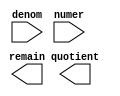
// megafunction wizard: %LPM_DIVIDE%VBB%
// GENERATION: STANDARD
// VERSION: WM1.0
// MODULE: lpm_divide 

// ============================================================
// Megafunction Name(s):
// 			lpm_divide
//
// Simulation Library Files(s):
// 			lpm
// ============================================================
// ************************************************************
// THIS IS A WIZARD-GENERATED FILE. DO NOT EDIT THIS FILE!
//
// 9.0 Build 132 02/25/2009 SJ Web Edition
// ************************************************************

//Copyright (C) 1991-2009 Altera Corporation
//Your use of Altera Corporation's design tools, logic functions 
//and other software and tools, and its AMPP partner logic 
//functions, and any output files from any of the foregoing 
//(including device programming or simulation files), and any 
//associated documentation or information are expressly subject 
//to the terms and conditions of the Altera Program License 
//Subscription Agreement, Altera MegaCore Function License 
//Agreement, or other applicable license agreement, including, 
//without limitation, that your use is for the sole purpose of 
//programming logic devices manufactured by Altera and sold by 
//Altera or its authorized distributors.  Please refer to the 
//applicable agreement for further details.

module div (
	denom,
	numer,
	quotient,
	remain);

	input	[31:0]  denom;
	input	[31:0]  numer;
	output	[31:0]  quotient;
	output	[31:0]  remain;

endmodule

// ============================================================
// CNX file retrieval info
// ============================================================
// Retrieval info: PRIVATE: INTENDED_DEVICE_FAMILY STRING "Stratix II"
// Retrieval info: PRIVATE: PRIVATE_LPM_REMAINDERPOSITIVE STRING "TRUE"
// Retrieval info: PRIVATE: PRIVATE_MAXIMIZE_SPEED NUMERIC "-1"
// Retrieval info: PRIVATE: SYNTH_WRAPPER_GEN_POSTFIX STRING "0"
// Retrieval info: PRIVATE: USING_PIPELINE NUMERIC "0"
// Retrieval info: PRIVATE: VERSION_NUMBER NUMERIC "2"
// Retrieval info: CONSTANT: LPM_DREPRESENTATION STRING "SIGNED"
// Retrieval info: CONSTANT: LPM_HINT STRING "LPM_REMAINDERPOSITIVE=TRUE"
// Retrieval info: CONSTANT: LPM_NREPRESENTATION STRING "SIGNED"
// Retrieval info: CONSTANT: LPM_TYPE STRING "LPM_DIVIDE"
// Retrieval info: CONSTANT: LPM_WIDTHD NUMERIC "32"
// Retrieval info: CONSTANT: LPM_WIDTHN NUMERIC "32"
// Retrieval info: USED_PORT: denom 0 0 32 0 INPUT NODEFVAL denom[31..0]
// Retrieval info: USED_PORT: numer 0 0 32 0 INPUT NODEFVAL numer[31..0]
// Retrieval info: USED_PORT: quotient 0 0 32 0 OUTPUT NODEFVAL quotient[31..0]
// Retrieval info: USED_PORT: remain 0 0 32 0 OUTPUT NODEFVAL remain[31..0]
// Retrieval info: CONNECT: @numer 0 0 32 0 numer 0 0 32 0
// Retrieval info: CONNECT: @denom 0 0 32 0 denom 0 0 32 0
// Retrieval info: CONNECT: quotient 0 0 32 0 @quotient 0 0 32 0
// Retrieval info: CONNECT: remain 0 0 32 0 @remain 0 0 32 0
// Retrieval info: LIBRARY: lpm lpm.lpm_components.all
// Retrieval info: GEN_FILE: TYPE_NORMAL div.v TRUE
// Retrieval info: GEN_FILE: TYPE_NORMAL div.inc TRUE
// Retrieval info: GEN_FILE: TYPE_NORMAL div.cmp FALSE
// Retrieval info: GEN_FILE: TYPE_NORMAL div.bsf TRUE FALSE
// Retrieval info: GEN_FILE: TYPE_NORMAL div_inst.v FALSE
// Retrieval info: GEN_FILE: TYPE_NORMAL div_bb.v TRUE
// Retrieval info: LIB_FILE: lpm